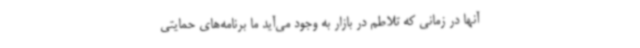
آنها در زمانی که تلاطم در بازار به وجود می‌آید ما برنامه‌های حمایتی